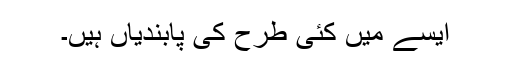
ایسے میں کئی طرح کی پابندیاں ہیں۔